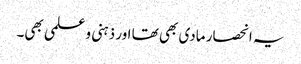
یہ انحصار مادی بھی تھا اور ذہنی و علمی بھی۔